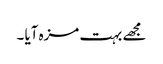
مجھے بہت مزہ آیا ۔